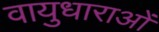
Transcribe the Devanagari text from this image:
वायुधाराओं